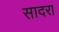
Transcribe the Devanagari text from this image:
सादरा